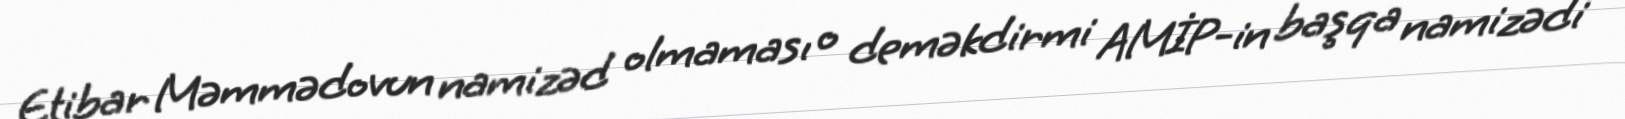
Etibar Məmmədovun namizəd olmaması o deməkdirmi AMİP-in başqa namizədi